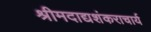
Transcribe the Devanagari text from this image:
श्रीमदाद्यशंकराचार्य